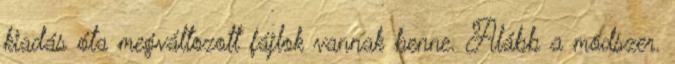
kiadás óta megváltozott fájlok vannak benne. Alább a módszer.